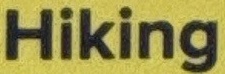
Hiking